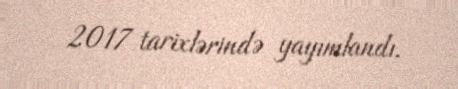
2017 tarixlərində yayımlandı.